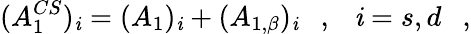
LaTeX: (A_{1}^{CS})_{\mathit{i}}=(A_{1})_{\mathit{i}}+(A_{1,\beta})_{\mathit{i}}~~~,~~~\mathit{i}=s,d~~~,